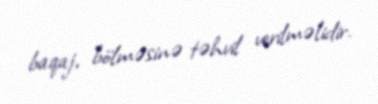
baqaj, bölməsinə təhvil verilməlidir.